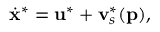
\dot { \mathbf { x } } ^ { * } = \mathbf { u } ^ { * } + \mathbf { v } _ { s } ^ { * } ( \mathbf { p } ) ,